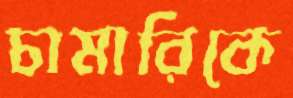
চামারিকে